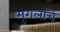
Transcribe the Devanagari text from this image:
मुगलांचे